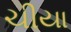
ચીયા